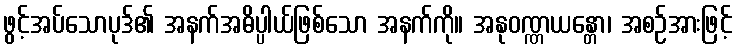
ဖွင့်အပ်သောပုဒ်၏ အနက်အဓိပ္ပါယ်ဖြစ်သော အနက်ကို။ အနုဝဏ္ဏယန္တော၊ အစဉ်အားဖြင့်